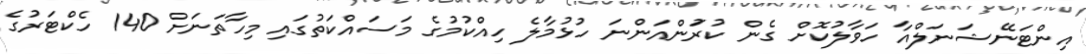
އިންޓަނޭޝަނަލްއާ ހަވާލުކޮށް ގެން ކުރަުންއަންނަ ހުޅުމާލެ ހިއްކުމުގެ މަސައްކަތުގައި މިހާތަނަށް 140 ހެކްޓަރުގެ